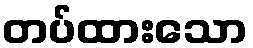
တပ်ထားသော